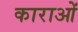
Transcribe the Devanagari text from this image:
काराओं